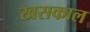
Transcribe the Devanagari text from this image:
खसकाल